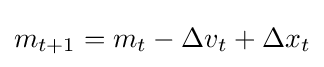
m_{t+1}=m_{t}-{\Delta v}_{t}+{\Delta x}_{t}